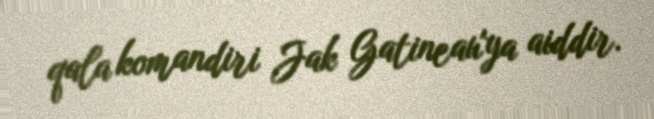
qala komandiri Jak Gatineau'ya aiddir.